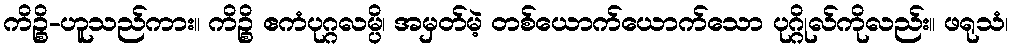
ကိဉ္စိ-ဟူသည်ကား။ ကိဉ္စိ ဧကံပုဂ္ဂလမ္ပိ၊ အမှတ်မဲ့ တစ်ယောက်ယောက်သော ပုဂ္ဂိုလ်ကိုလည်း။ ဖရုသံ၊